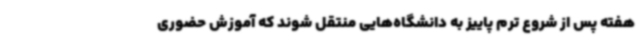
هفته پس از شروع ترم پاییز به دانشگاه‌هایی منتقل شوند که آموزش حضوری